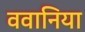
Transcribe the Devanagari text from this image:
ववानिया